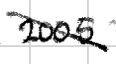
Text: 2005
Cross-out: diagonal
Writing tool: digital_black